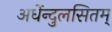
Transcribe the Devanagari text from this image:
अर्धेन्दुलसितम्